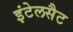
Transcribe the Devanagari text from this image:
इंटेलसैट